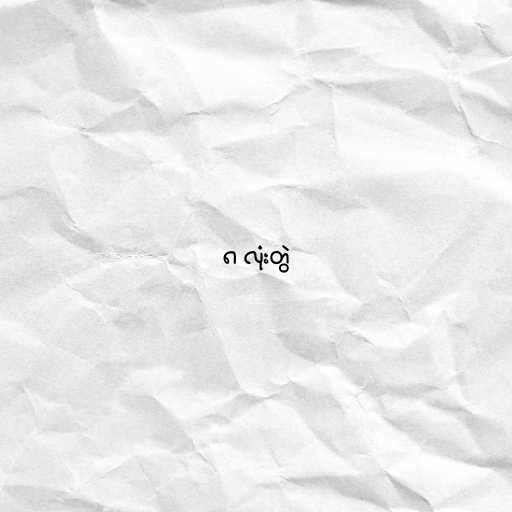
၈ လုံးတွဲ